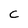
Character: C